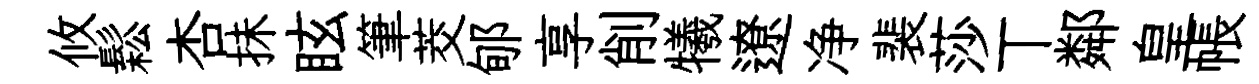
攸鬆杏抺眩筆茭郇享削犧遼净裴莎丅鄰皇帳